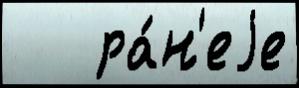
   ра́н'еjе